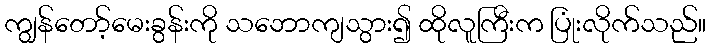
ကျွန်တော့်မေးခွန်းကို သဘောကျသွား၍ ထိုလူကြီးက ပြုံးလိုက်သည်။